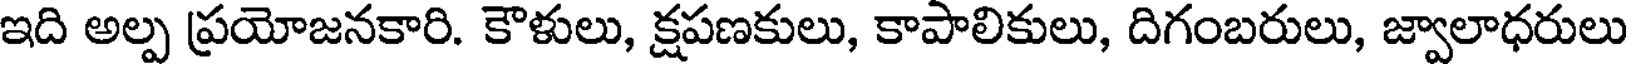
ఇది అల్ప ప్రయోజనకారి. కౌళులు, క్షపణకులు, కాపాలికులు, దిగంబరులు, జ్వాలాధరులు